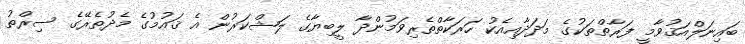
ބައިނަލްއަޤުވާމީ ފަރާތްތަކުގެ މަދަދާއިއެކު ހަރަކާތްތެރިވަމުންދާ ލީބިޔާގެ ލަޝްކަރުން އެ ޤައުމުގެ މެދުތެރޭގެ ސިރްތު